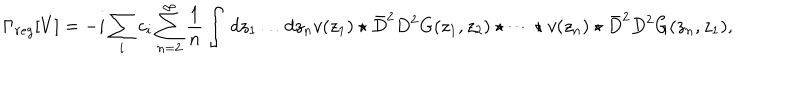
LaTeX: \Gamma _ { r e g } [ V ] = - i \sum _ { i } c _ { i } \sum _ { n = 2 } ^ { \infty } \frac { 1 } { n } \int \, d z _ { 1 } \dots d z _ { n } v ( z _ { 1 } ) \star \bar { D } ^ { 2 } D ^ { 2 } G ( z _ { 1 } , z _ { 2 } ) \star \dots \star v ( z _ { n } ) \star \bar { D } ^ { 2 } D ^ { 2 } G ( z _ { n } , z _ { 1 } ) ,